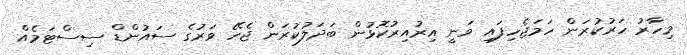
މިހާރު ހަރުކުރަން ހަމަޖެހިފައި ވަނީ އިރުއިރުކޮޅުން ބަދަލުކުރަން ޖެހޭ ވަރުގެ ސައުންޑް ސިސްޓަމެއް